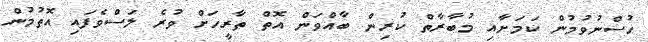
ހުސްނުވުމުން ކަމަށާއި މުބާރާތް ކުރިން ބާއްވަން އޮތް ތާރީހަށް ވުރެ ލަސްވެފައި އޮތުމުން